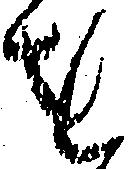
を